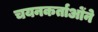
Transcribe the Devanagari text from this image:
चयनकर्ताओंने